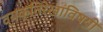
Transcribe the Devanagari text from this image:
व्यक्तिरेखांविषयी